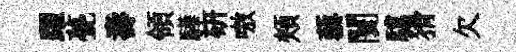
躍甍壽領驊硏嗷頰藜闤驥猾欠